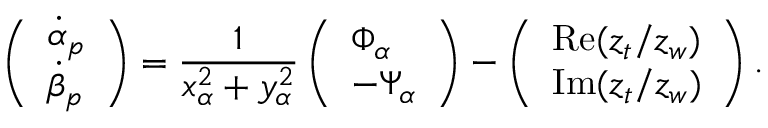
\left( \begin{array} { l } { \dot { \alpha } _ { p } } \\ { \dot { \beta } _ { p } } \end{array} \right) = \frac { 1 } { x _ { \alpha } ^ { 2 } + y _ { \alpha } ^ { 2 } } \left( \begin{array} { l } { \Phi _ { \alpha } } \\ { - \Psi _ { \alpha } } \end{array} \right) - \left( \begin{array} { l } { \operatorname { R e } ( z _ { t } / z _ { w } ) } \\ { \operatorname { I m } ( z _ { t } / z _ { w } ) } \end{array} \right) .